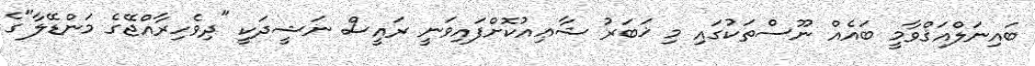
ބައިނަލްއަޤްވާމީ ބައެއް ނޫސްތަކުގައި މި ޚަބަރު ޝާޢިއުކޮށްފައިވަނީ ރައީސް ނަޝީދަކީ "ދިވެހިރާއްޖޭގެ މަންޑޭލާ"ގެ